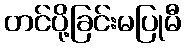
တင်ပို့ခြင်းမပြုမီ